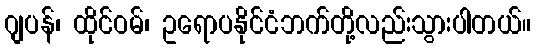
ဂျပန်၊ ထိုင်ဝမ်၊ ဥရောပနိုင်ငံဘက်တို့လည်းသွားပါတယ်။